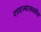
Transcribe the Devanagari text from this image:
दरवाज्याजवळील